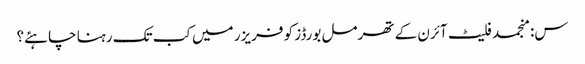
س: منجمد فلیٹ آئرن کے تھرمل بورڈز کو فریزر میں کب تک رہنا چاہئے؟